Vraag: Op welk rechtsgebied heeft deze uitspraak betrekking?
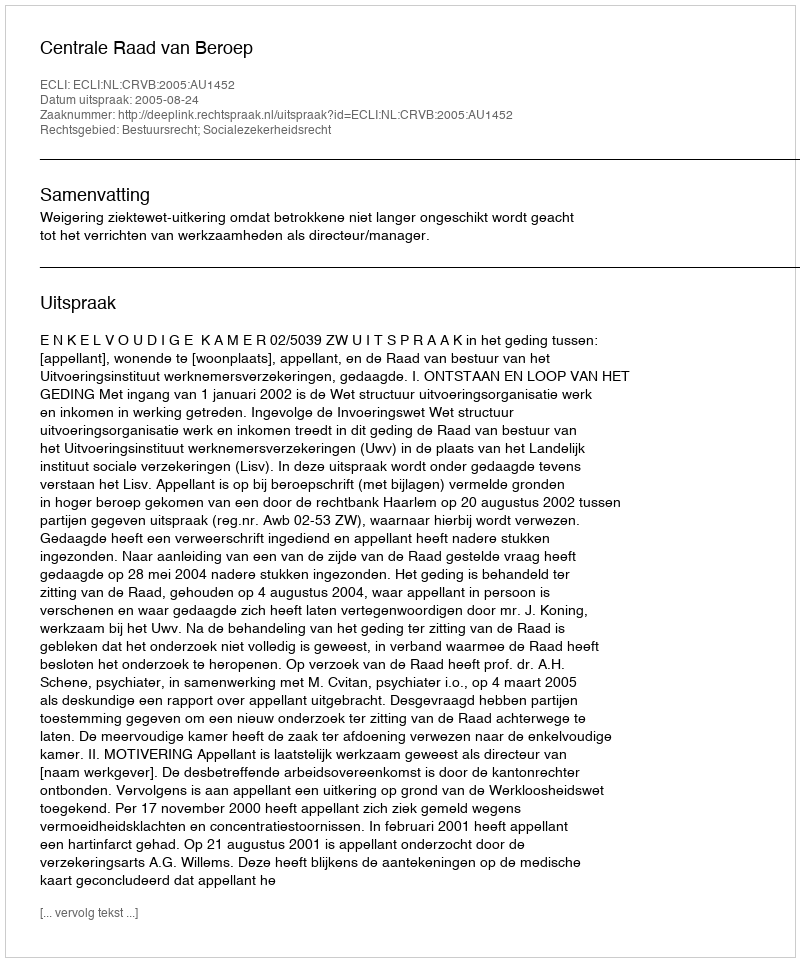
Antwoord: Bestuursrecht; Socialezekerheidsrecht